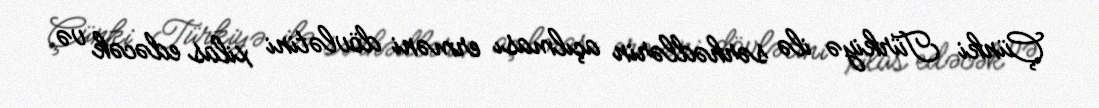
Çünki Türkiyə ilə sərhədlərin açılması erməni dövlətini xilas edəcək və